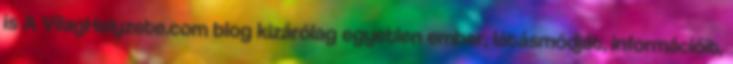
is A VilagHelyzete.com blog kizárólag egyetlen ember, látásmódját, információit,